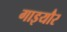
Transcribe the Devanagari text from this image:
गाइयौर